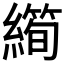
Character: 𱺆